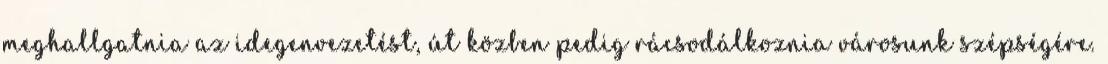
meghallgatnia az idegenvezetést, út közben pedig rácsodálkoznia városunk szépségére.